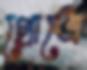
গ্রোত্রে